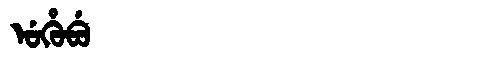
Manchu: ᡠᡥᡠᠪᡠ
Romanization: UHUBU